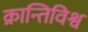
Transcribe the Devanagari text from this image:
क्रान्तिविश्व